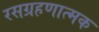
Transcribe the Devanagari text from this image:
रसग्रहणात्मक